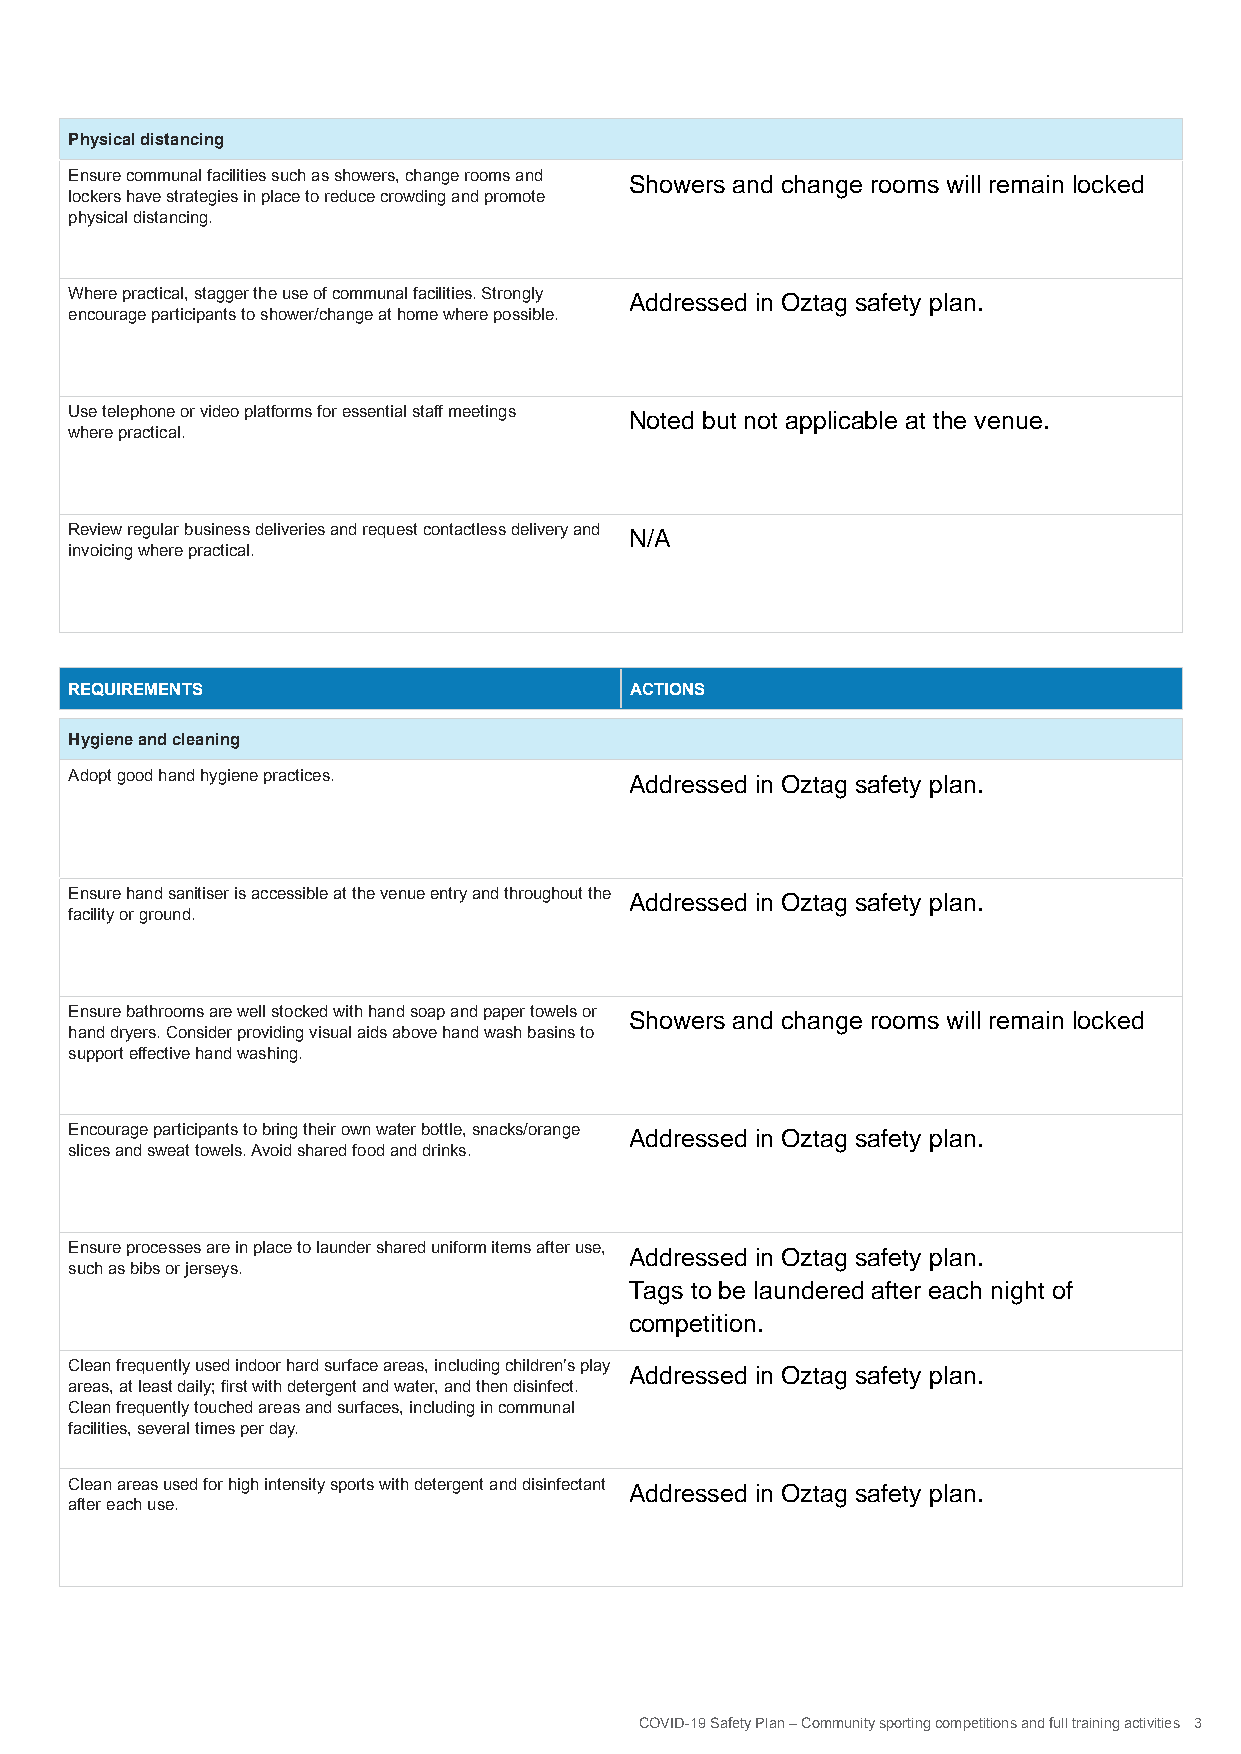
Physical distancing
 Ensure communal facilities such as showers, change rooms and
 Showers and change rooms will remain locked
 lockers have strategies in place to reduce crowding and promote
 physical distancing.
 Where practical, stagger the use of communal facilities. Strongly
 Addressed in Oztag safety plan.
 encourage participants to shower/change at home where possible.
 Use telephone or video platforms for essential staff meetings
 Noted but not applicable at the venue.
 where practical.
 Review regular business deliveries and request contactless delivery and
 N/A
 invoicing where practical.
 REQUIREMENTS                         ACTIONS
 Hygiene and cleaning
 Adopt good hand hygiene practices.
 Addressed in Oztag safety plan.
 Ensure hand sanitiser is accessible at the venue entry and throughout the
 Addressed in Oztag safety plan.
 facility or ground.
 Ensure bathrooms are well stocked with hand soap and paper towels or
 Showers and change rooms will remain locked
 hand dryers. Consider providing visual aids above hand wash basins to
 support effective hand washing.
 Encourage participants to bring their own water bottle, snacks/orange
 Addressed in Oztag safety plan.
 slices and sweat towels. Avoid shared food and drinks.
 Ensure processes are in place to launder shared uniform items after use,
 Addressed in Oztag safety plan.
 such as bibs or jerseys.
 Tags to be laundered after each night of
 competition.
 Clean frequently used indoor hard surface areas, including children’s play
 Addressed in Oztag safety plan.
 areas, at least daily; first with detergent and water, and then disinfect.
 Clean frequently touched areas and surfaces, including in communal
 facilities, several times per day.
 Clean areas used for high intensity sports with detergent and disinfectant
 Addressed in Oztag safety plan.
 after each use.
 COVID-19 Safety Plan – Community sporting competitions and full training activities 3